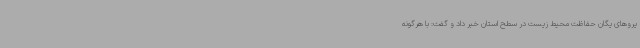
یروهای یگان حفاظت محیط زیست در سطح استان خبر داد و گفت:‌ با هرگونه